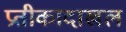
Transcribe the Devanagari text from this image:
प्रतीकादाखल